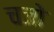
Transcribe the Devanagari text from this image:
चजो